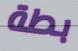
بطة